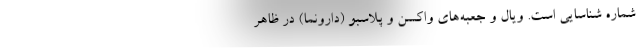
شماره شناسایی است. ویال و جعبه‌های واکسن و پلاسبو (دارونما) در ظاهر